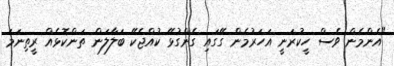
"އެންމެން ވެސް ހީކުރަނީ އަހަރުމެން ގޭގައި ގެންގުޅޭ ކުއްޖެކޭ ބަލާލަން ތަންކޮޅެއް ރީތިނަމަ